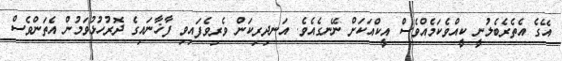
އޭގެ އެތެރެބެލުނީ ކީއްވެކަމެއްވެސް އީކްއަކަށް ނޭނގެއެވެ. އަނދިރިކަން ވެރިވެފައިވި ފާޚާނައިގެ ދޮރުހުޅުވަމުން އެތަންވެސް